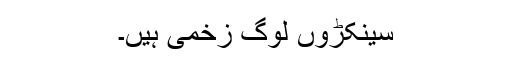
سینکڑوں لوگ زخمی ہیں۔